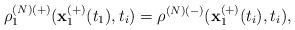
LaTeX: \begin{align*}\rho _{1}^{\left( N\right) (+)}(\mathbf{x}_{1}^{(+)}(t_{1}),t_{i})=\rho^{\left( N\right) (-)}(\mathbf{x}_{1}^{(+)}(t_{i}),t_{i}),\end{align*}